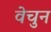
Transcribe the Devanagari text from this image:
वेचुन